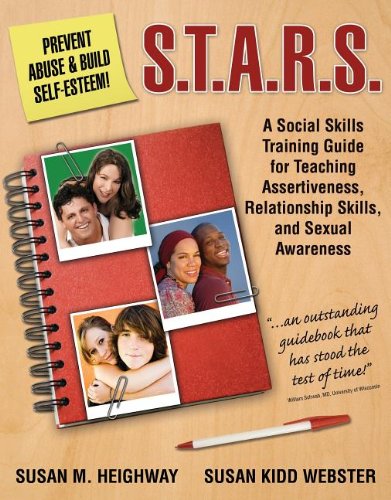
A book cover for S.T.A.R.S.: Skills Training for Assertiveness, Relationship-Building, and Sexual Awareness; Susan Heighway; Health, Fitness & Dieting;